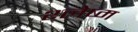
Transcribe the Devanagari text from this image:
श्‍लेष्म